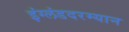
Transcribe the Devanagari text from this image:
इंग्लंडदरम्यान